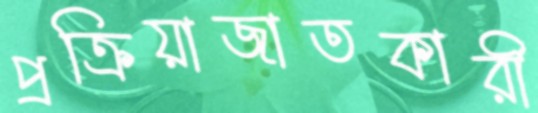
প্রক্রিয়াজাতকারী